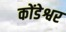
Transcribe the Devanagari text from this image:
कोंडेश्वर